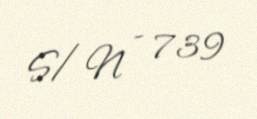
S/N - 739